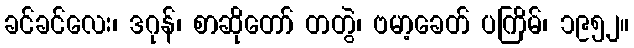
ခင်ခင်လေး၊ ဒဂုန်၊ စာဆိုတော် တတွဲ၊ ဗမာ့ခေတ် ပကြိမ်၊ ၁၉၅၂။